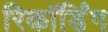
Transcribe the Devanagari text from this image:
रिकाॅर्डिंग